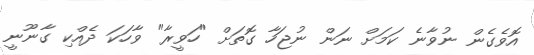
އޮވެގެން ނުވާނެ ކަމަށް ނަން ނުޖަހާ ގޮތަށް "ހަވީރާ" ވާހަކަ ދެއްކި ގާނޫނީ